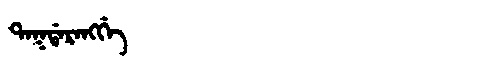
Manchu: ᡨᠠᡴᡩᠠᡵᠠᠩᡤᡝ
Romanization: TAKDARANGGE